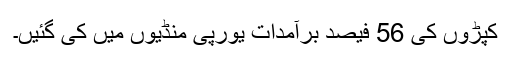
کپڑوں کی 56 فیصد برآمدات یورپی منڈیوں میں کی گئیں۔